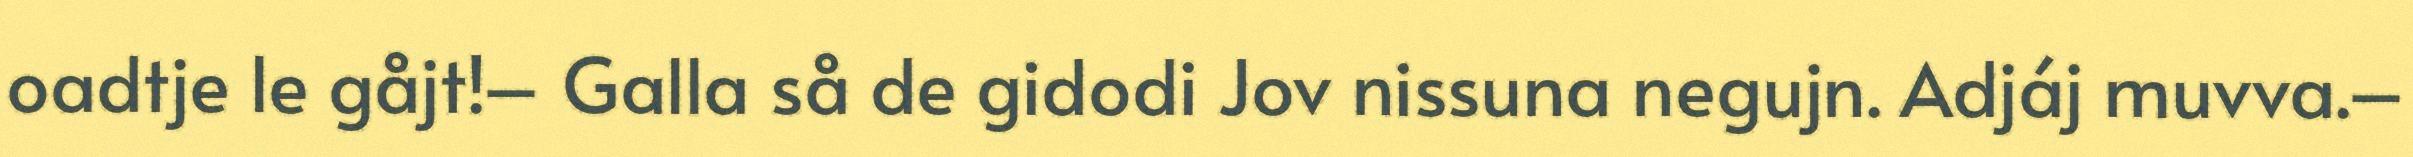
oadtje le gåjt!– Galla så de gidodi Jov nissuna negujn. Adjáj muvva.–